Indian journal of veterinary science and animal husbandry - Volume 11,
Year: 1941
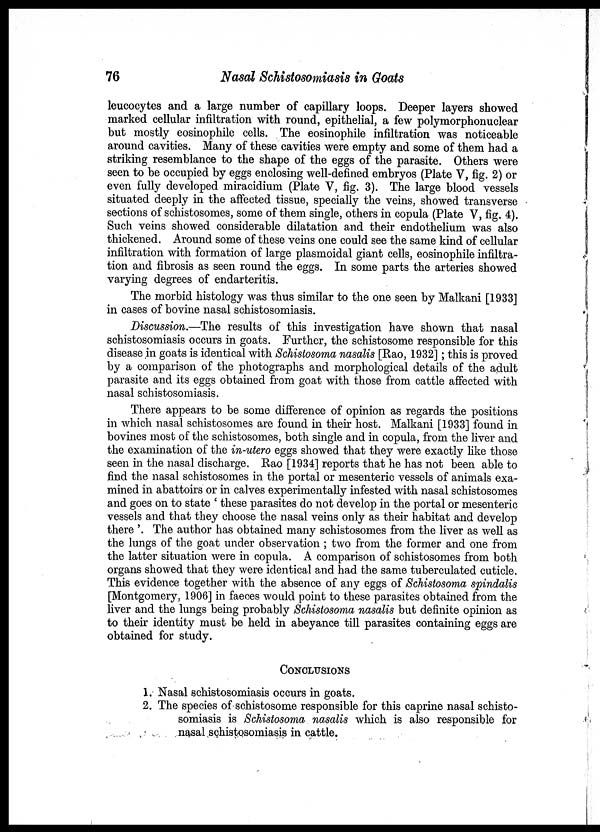
76
Nasal Schistosomiasis in Goats
leucocytes and a large number of capillary loops. Deeper layers showed
marked cellular infiltration with round, epithelial, a few polymorphonuclear
but mostly eosinophile cells. The eosinophile infiltration was noticeable
around cavities. Many of these cavities were empty and some of them had a
striking resemblance to the shape of the eggs of the parasite. Others were
seen to be occupied by eggs enclosing well-defined embryos (Plate V, fig. 2) or
even fully developed miracidium (Plate V, fig. 3). The large blood vessels
situated deeply in the affected tissue, specially the veins, showed transverse
sections of schistosomes, some of them single, others in copula (Plate V, fig. 4).
thickened. Around some of these veins one could see the same kind of cellular
infiltration with formation of large plasmoidal giant cells, eosinophile infiltra-
tion and fibrosis as seen round the eggs. In some parts the arteries showed
varying degrees of endarteritis.
The morbid histology was thus similar to the one seen by Malkani [1933]
in cases of bovine nasal schistosomiasis.
Discussion. —The results of this investigation have shown that nasal
schistosomiasis occurs in goats. Further, the schistosome responsible for this
disease in goats is identical with Schistosoma nasalis [Rao, 1932]; this is proved
by a comparison of the photographs and morphological details of the adult
parasite and its eggs obtained from goat with those from cattle affected with
nasal schistosomiasis.
There appears to be some difference of opinion as regards the positions
in which nasal schistosomes are found in their host. Malkani [1933] found in
bovines most of the schistosomes, both single and in copula, from the liver and
the examination of the in-utero eggs showed that they were exactly like those
seen in the nasal discharge. Rao [1934] reports that he has not been able to
find the nasal schistosomes in the portal or mesenteric vessels of animals exa-
mined in abattoirs or in calves experimentally infested with nasal schistosomes
and goes on to state ' these parasites do not develop in the portal or mesenteric
vessels and that they choose the nasal veins only as their habitat and develop
there '. The author has obtained many schistosomes from the liver as well as
the lungs of the goat under observation ; two from the former and one from
the latter situation were in copula. A comparison of schistosomes from both
organs showed that they were identical and had the same tuberculated cuticle.
[Montgomery, 1906] in faeces would point to these parasites obtained from the
liver and the lungs being probably Schistosoma nasalis but definite opinion as
to their identity must be held in abeyance till parasites containing eggs are
obtained for study.
CONCLUSIONS
1. Nasal schistosomiasis occurs in goats.
2. The species of schistosome responsible for this caprine nasal schisto-
somiasis is Schistosoma nasalis which is also responsible for
nasal schistosomiasis in cattle.